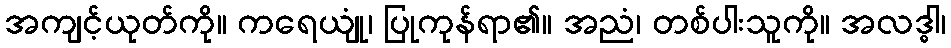
အကျင့်ယုတ်ကို။ ကရေယျုံ၊ ပြုကုန်ရာ၏။ အညံ၊ တစ်ပါးသူကို။ အလဒ္ဓါ၊